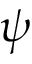
\psi